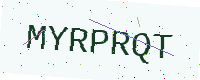
Text: MYRPRQT